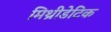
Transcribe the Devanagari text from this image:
मिथ्रीडेटिक